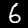
Digit: 6